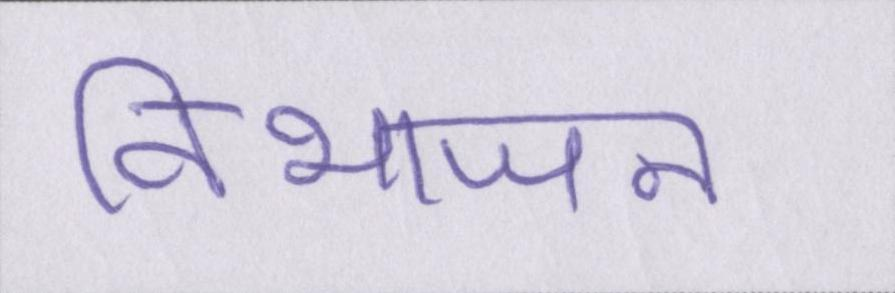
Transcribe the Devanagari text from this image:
विभाजन